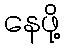
နေဖို့